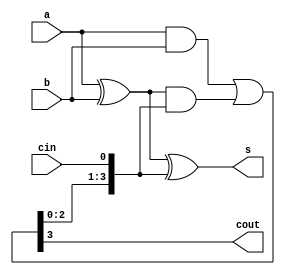
`timescale 1ns / 1ps
//////////////////////////////////////////////////////////////////////////////////
// Copyright: Chris Larsen, 2019-2021
// 
// Design Name: 
// Module Name: sigmul_10
// Project Name: 
// Target Devices: 
// Tool Versions: 
// Description: 
// 
// Dependencies: 
// 
// Revision:
// Revision 0.01 - File Created
// Additional Comments:
// 
//////////////////////////////////////////////////////////////////////////////////

module claN(a, b, cin, s, cout);
  parameter N = 4;
  input [N-1:0] a, b;
  input cin;
  output [N-1:0] s;
  output cout;
  
  wire [N-1:1] c;
  wire [N-1:0] p, g;
  
  assign p = a ^ b; // This column will propagate a carry
  assign g = a & b; // This column will generate a carry
  
  assign {cout, c} = g | (p & {c, cin});
  assign s = p ^ {c, cin};
endmodule

module a11x2(a, b, s);
  input [10:0] a;
  input [11:1] b;
  output [12:0] s;
  
  wire [1:0] c;
  
  assign s[0] = a[0];
  
  claN S0(a[4:1], b[4:1], 1'b0, s[4:1], c[0]);
  claN S4(a[8:5], b[8:5], c[0], s[8:5], c[1]);
  claN #(3) S8({1'b0, a[10:9]}, b[11:9], c[1], s[11:9], s[12]);
endmodule

module hadder(a, b, s, c);
  input a, b;
  output s, c;
  
  assign s = a ^ b;
  assign c = a & b;
endmodule
 
module a11x4(input [12:0] a,
             input [14:2] b,
             output [14:0] s);
  wire [3:0] c;
  
  assign s[1:0] = a[1:0];
  
  claN i2345(a[5:2], b[5:2], 1'b0, s[5:2], c[0]);
  claN i6789(a[9:6], b[9:6], c[0], s[9:6], c[1]);
  claN iABCD({1'b0, a[12:10]}, b[13:10], c[1], s[13:10], c[2]);
  
  hadder ie(b[14], c[2], s[14], c[3]);
endmodule

module a11x8(input [14:0] a,
             input [18:4] b,
             output [18:0] s);
  wire [3:0] c;
  
  assign s[3:0] = a[3:0];
  
  claN i4567(a[7:4], b[7:4], 1'b0, s[7:4], c[0]);
  claN i89AB(a[11:8], b[11:8], c[0], s[11:8], c[1]);
  claN iCDEF({1'b0, a[14:12]}, b[15:12], c[1], s[15:12], c[2]);
  claN #(3) iGHIJ(3'b000, b[18:16], c[2], s[18:16], c[3]); 
endmodule

module a11x3(input [20:8] a,
             input [20:10] b,
             output [21:8] s);

  wire [1:0] c;
  
  assign s[9:8] = a[9:8];

  claN i2345(a[13:10], b[13:10], 1'b0, s[13:10], c[0]);
  claN i6789(a[17:14], b[17:14], c[0], s[17:14], c[1]);
  claN #(3) iABC(a[20:18], b[20:18], c[1], s[20:18], s[21]);
endmodule

module a11x11(input [18:0] a,
              input [21:8] b,
              output [21:0] s);

  wire [4:0] c;
  assign c[0] = 1'b0;
  
  assign s[7:0] = a[7:0];
  claN i89AB(a[11:8], b[11:8], c[0], s[11:8], c[1]);
  claN iCDEF(a[15:12], b[15:12], c[1], s[15:12], c[2]);
  claN iGHIJ({1'b0, a[18:16]}, b[19:16], c[2], s[19:16], c[3]);
  claN #(2) iKL(2'b00, b[21:20], c[3], s[21:20], c[4]);
endmodule

module sigmul_10(a, b, p);
  input [10:0] a, b;
  output [21:0] p;
  
  wire [10:0] pp[9:0];
  wire [12:0] s0[4:0]; // 11 X 2
  wire [14:0] s1[1:0]; // 11 X 4
  wire [18:0] s2;      // 11 X 8
  wire [21:8] s3;      // 11 X 3
  
  genvar i;
  generate
    for (i = 0; i < 10; i = i + 1)
      begin
        assign pp[i] = a & {11{b[i]}};
        
        if (i < 5)
        begin
          a11x2 Si(pp[2*i], pp[2*i+1], s0[i]);
          
          if (i < 2)
            a11x4 Ti(s0[2*i], s0[2*i+1], s1[i]);
        end
      end
  endgenerate
  
  a11x8 U0(s1[0], s1[1], s2);
    
  a11x3 V0(s0[4], a, s3);
  
  a11x11 W0(s2, s3, p);
endmodule